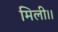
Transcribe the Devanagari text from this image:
मिली।।